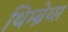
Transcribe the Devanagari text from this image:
थिम्ब्रेय्स